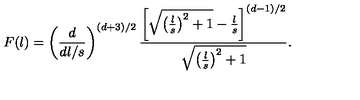
F ( l ) = \left( \frac { d } { d l / s } \right) ^ { ( d + 3 ) / 2 } { \frac { \left[ \sqrt { \left( \frac { l } { s } \right) ^ { 2 } + 1 } - { \frac { l } { s } } \right] ^ { ( d - 1 ) / 2 } } { \sqrt { \left( \frac { l } { s } \right) ^ { 2 } + 1 } } } .